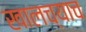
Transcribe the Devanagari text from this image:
खालच्याच